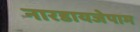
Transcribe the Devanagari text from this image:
नारडायजेपाम